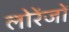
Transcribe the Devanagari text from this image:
लोरेंजों